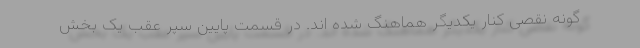
گونه نقصی کنار یکدیگر هماهنگ شده اند. در قسمت پایین سپر عقب یک بخش